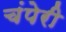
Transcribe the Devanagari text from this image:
चंपेरी